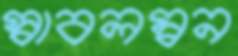
স্বাবলম্বন